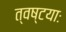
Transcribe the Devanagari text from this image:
त्वष्टयाः